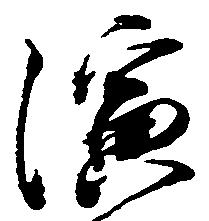
演